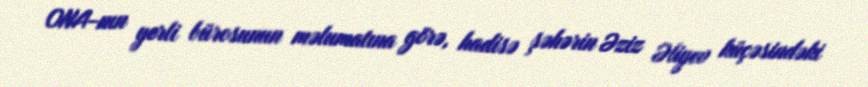
ONA-nın yerli bürosunun məlumatına görə, hadisə şəhərin Əziz Əliyev küçəsindəki